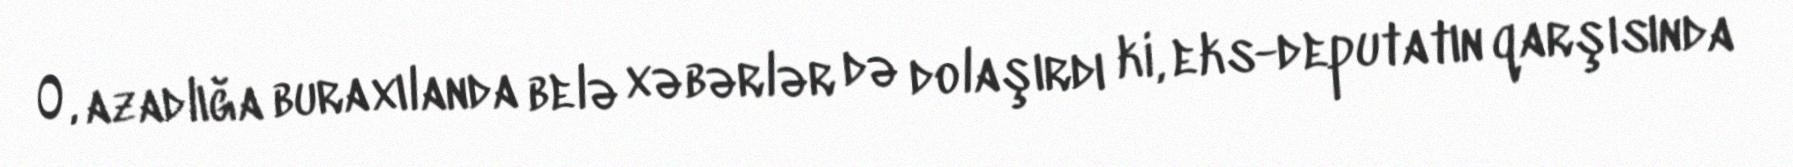
O, azadlığa buraxılanda belə xəbərlər də dolaşırdı ki, eks-deputatın qarşısında